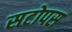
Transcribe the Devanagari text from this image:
सटोपस